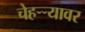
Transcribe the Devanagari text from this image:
चेहऱ्र्‍यावर